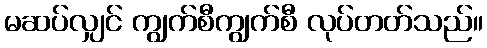
မဆပ်လျှင် ကျွက်စီကျွက်စီ လုပ်တတ်သည်။